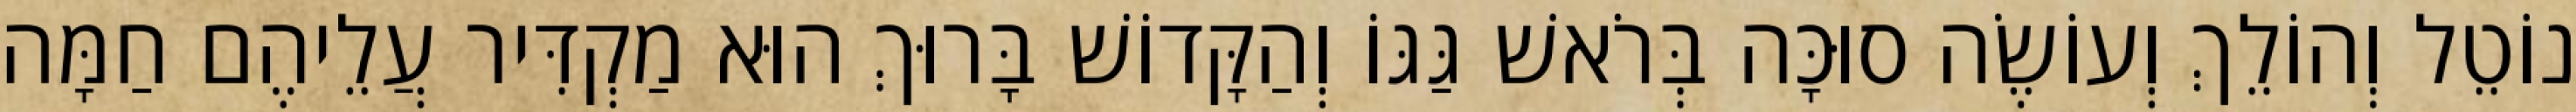
נוֹטֵל וְהוֹלֵךְ וְעוֹשֶׂה סוּכָּה בְּרֹאשׁ גַּגּוֹ וְהַקָּדוֹשׁ בָּרוּךְ הוּא מַקְדִּיר עֲלֵיהֶם חַמָּה